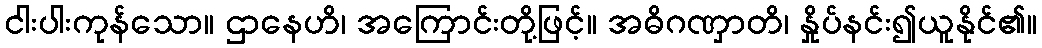
ငါးပါးကုန်သော။ ဌာနေဟိ၊ အကြောင်းတို့ဖြင့်။ အဓိဂဏှာတိ၊ နှိုပ်နင်း၍ယူနိုင်၏။